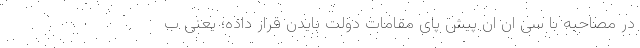
در مصاحبه با سی ان ان پیش پای مقامات دولت بایدن قرار داده؛ یعنی ب